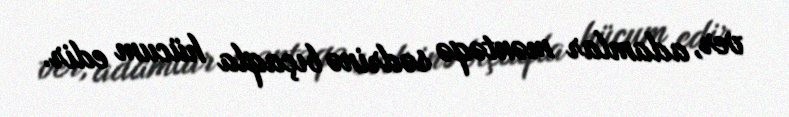
ver, adamlar məntəqə sədrinə bıçaqla hücum edir.